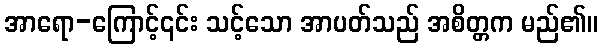
အာရော-ကြောင့်၎င်း သင့်သော အာပတ်သည် အစိတ္တက မည်၏။